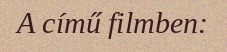
A című filmben: